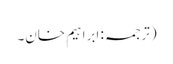
(ترجمہ: ابراہیم خان۔